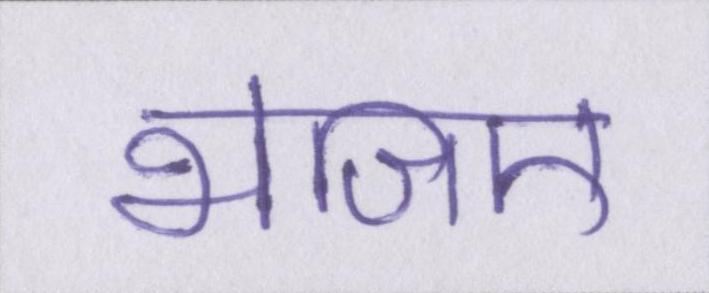
भेजिए